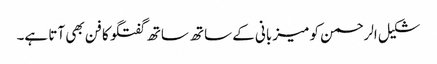
شکیل الرحمن کو میزبانی کے ساتھ ساتھ گفتگو کا فن بھی آتا ہے۔